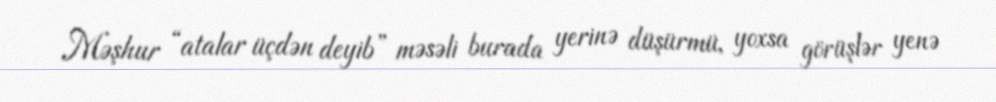
Məşhur “atalar üçdən deyib” məsəli burada yerinə düşürmü, yoxsa görüşlər yenə